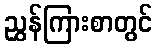
ညွှန်ကြားစာတွင်